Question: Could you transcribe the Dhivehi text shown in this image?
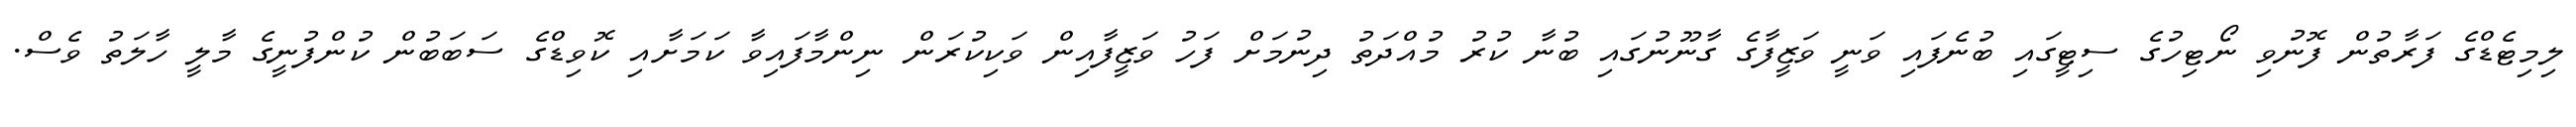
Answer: ލިމިޓެޑްގެ ފަރާތުން ފޮނުވި ނޯޓިހުގެ ސިޓީގައި ބުނެފައި ވަނީ ވަޒީފާގެ ގާނޫނުގައި ބުނާ ކުރު މުއްދަތު ދިނުމަށް ފަހު ވަޒީފާއިން ވަކިކުރަން ނިންމާފައިވާ ކަމަށާއި ކޮވިޑްގެ ސަބަބުން ކުންފުނީގެ މާލީ ހާލަތު ވެސް.